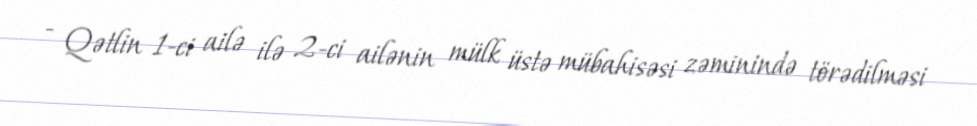
- Qətlin 1-ci ailə ilə 2-ci ailənin mülk üstə mübahisəsi zəminində törədilməsi